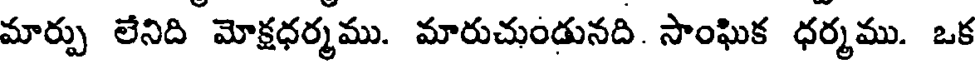
మార్పు లేనిది మోక్షధర్మము. మారుచుండునది. సాంఘిక ధర్మము. ఒక